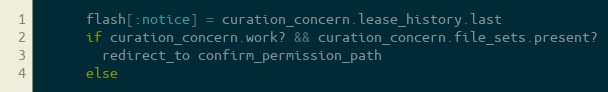
Language: Ruby
      flash[:notice] = curation_concern.lease_history.last
      if curation_concern.work? && curation_concern.file_sets.present?
        redirect_to confirm_permission_path
      else